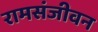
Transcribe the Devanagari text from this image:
रामसंजीवन